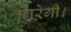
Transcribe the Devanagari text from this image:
गिरेगी।